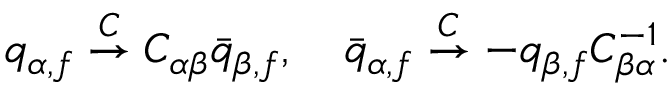
q _ { \alpha , f } \stackrel { C } { \rightarrow } C _ { \alpha \beta } \bar { q } _ { \beta , f } , \quad \bar { q } _ { \alpha , f } \stackrel { C } { \rightarrow } - q _ { \beta , f } C _ { \beta \alpha } ^ { - 1 } .